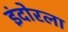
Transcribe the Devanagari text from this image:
इंदोरला